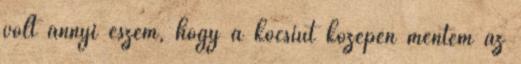
volt annyi eszem, hogy a kocsiút közepén mentem az